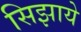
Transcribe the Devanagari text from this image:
सिझाये